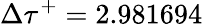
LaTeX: \Delta{\tau}^{+}=2.981694